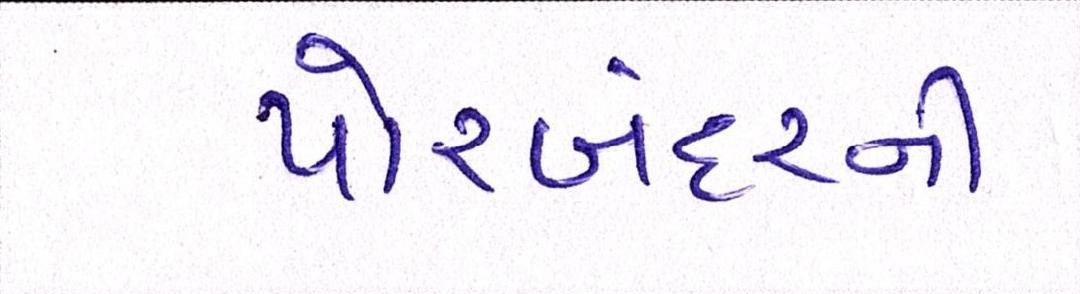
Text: પોરબંદરની